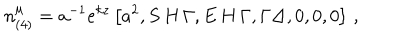
n _ { ( 4 ) } ^ { \mu } = a ^ { - 1 } e ^ { k z } \left[ a ^ { 2 } , S \, H \, { \Gamma } , E \, H \, { \Gamma } , \Gamma \Delta , 0 , 0 , 0 \right] \, ,